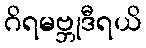
ဂိရမဗ္ဘုဒီရယိ